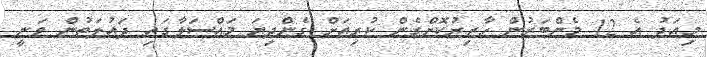
މިއަދު އެ 12 މެންބަރުން ހާޒިރުކޮށްގެން ކުރިއަށް ގެންދިޔަ މައްސަލާގައި ދައުލަތުން ވަނީ